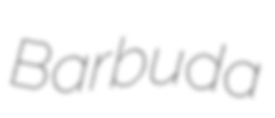
Barbuda